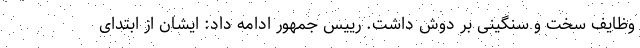
وظایف سخت و سنگینی بر دوش داشت. رییس جمهور ادامه داد: ایشان از ابتدای